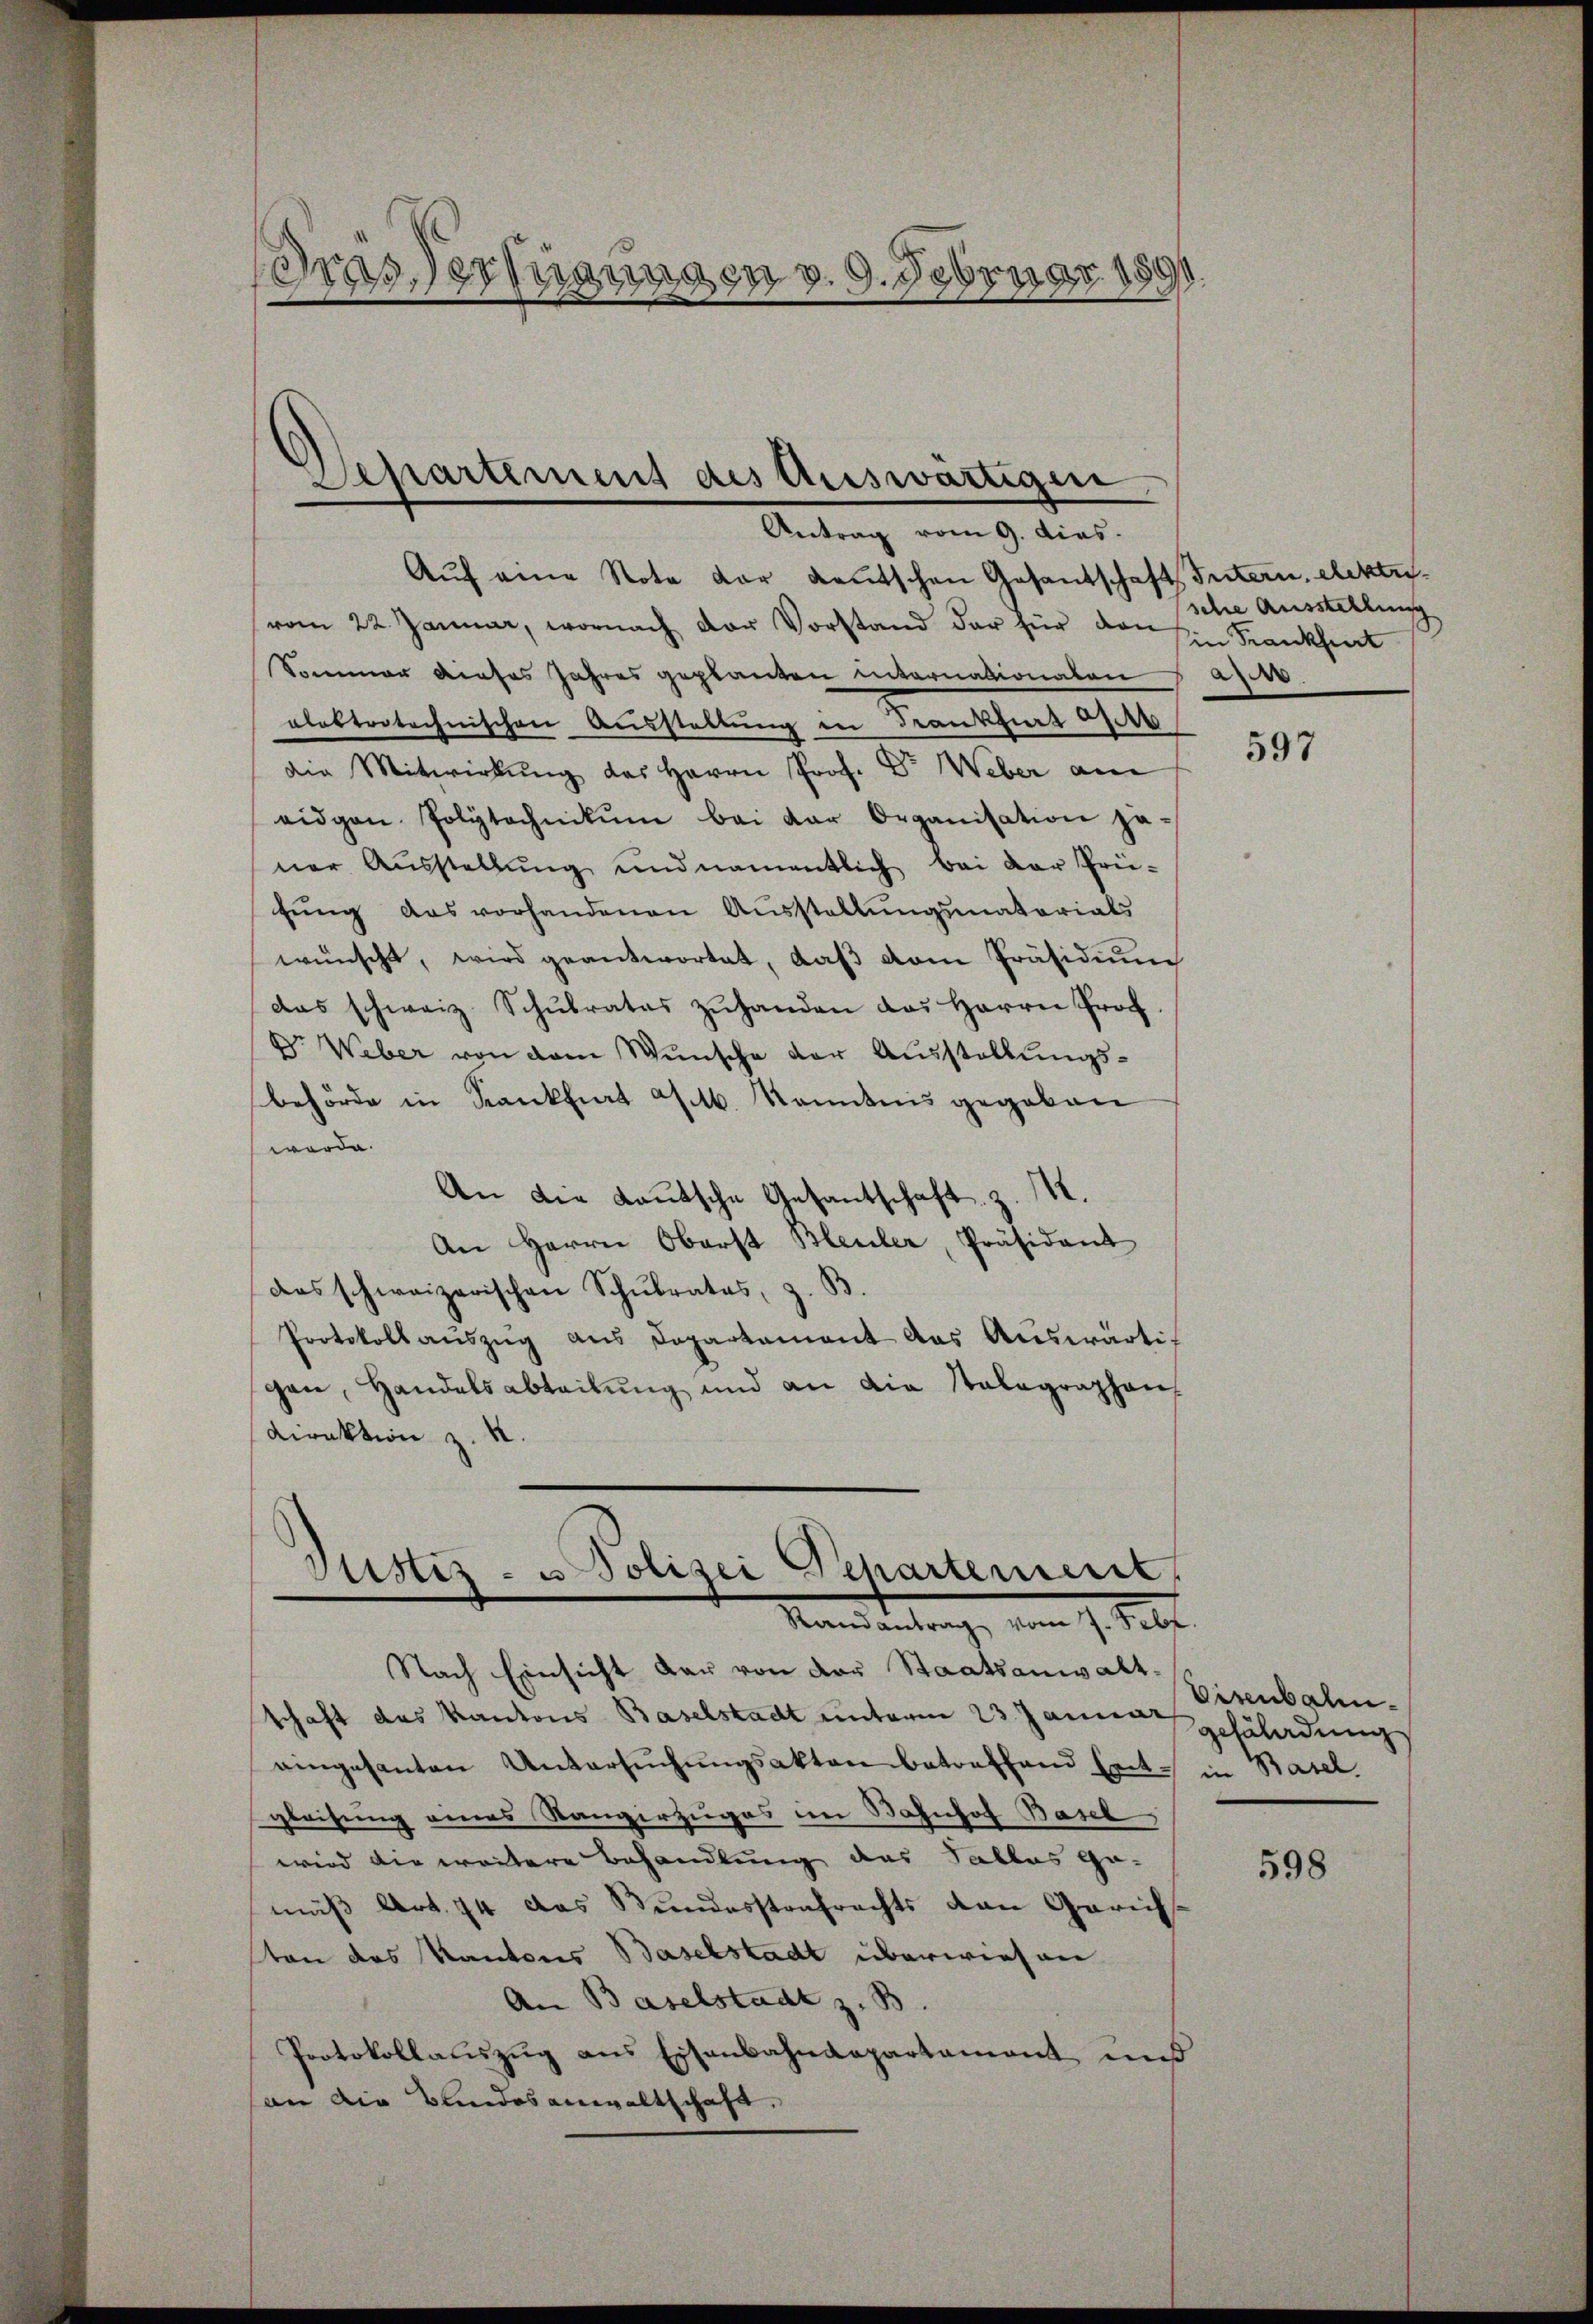
de
8.
Gras Verkann. In v. 9. Februar 1891

Aŭf eine Note der deutschen Gesantschaft Intern, elektivom 22. Januar, wornach der Vorstand der für den in Frankheit
Sommer dieses Jahres geplanten internationalen
alektrotechnischen Ausstellung in Frankfurt Orts
die Mitwirkung des Herrn Prof. Dr. Weber an
eidgen. Polytechnikum bei der Organisation je-
ner Ausstellung und namentlich bei der Prüfŭng das vorhandenen Aŭsstellŭngsmatorials
wünscht, wird geantwortet, daß vom Präsidium
das schweiz. Schŭlrates zŭhanden das Herrn Prof.
Dr. Weber von dem Wünsche der Aŭsstellungs-
behörde in Krankfurt a/M. Kenntnis gegeben
werde.
An die Lautsche Gesantschaft. Z. M.
An Herrn Oberst Bleuler, Präsident
das schweizerischen Schŭlrates, z. B.
Protokoll aŭszŭg ans Departement das Aŭswärtigen, Handelsabteilung und an die Stalographen-
Direktion z. K.

Departement des Auswärtigen
Antrag vom 9. dies

Kistes- u Polizei Departement
Randantrag vom 7. Febr

Nach Einsicht dar von der Staatsanwaltschaft das Kantons Baselstadt unterm 23. Janne gefäladung
eingesanten Untersŭchŭngsakten betreffend Ent- in Basel
gleichung eines Stangerzuges im Bahnhof Basel
wird die weitere Behandlung des Tallas ge-
mäß Art. 74 das Bundesstrafrechts von Gerich
ton des Kantons Baselstadt überwiesen
An Baselstadt z. B.
Protokollauszug aus Eisenbahndepartament und
an die Bundesanwaltschaft,

sche Ausstellung
d

597

Eisenbahn.

598